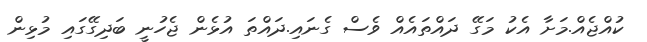
ކުއްޖެއް.މަށާ އެކު މަގޭ ދައްތައެއް ވެސް ގެނައި.ދައްތަ އުޅެން ޖެހުނީ ބަދިގޭގައި މުޅިން